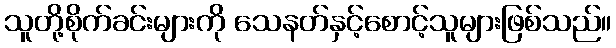
သူတို့စိုက်ခင်းများကို သေနတ်နှင့်စောင့်သူများဖြစ်သည်။